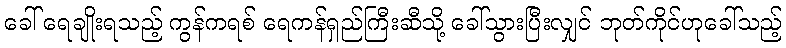
ခေါ် ရေချိုးရသည့် ကွန်ကရစ် ရေကန်ရှည်ကြီးဆီသို့ ခေါ်သွားပြီးလျှင် ဘုတ်ကိုင်ဟုခေါ်သည့်